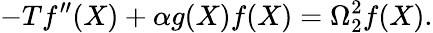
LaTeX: -Tf^{\prime\prime}(X)+\alpha g(X)f(X)=\Omega_{2}^{2}f(X).